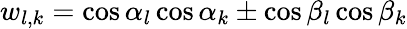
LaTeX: w_{l,k}=\cos\alpha_{l}\cos\alpha_{k}\pm\cos\beta_{l}\cos\beta_{k}